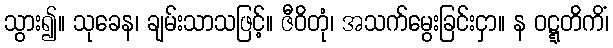
သွား၍။ သုခေန၊ ချမ်းသာသဖြင့်။ ဇီဝိတုံ၊ အသက်မွေးခြင်းငှာ။ န ဝဋ္ဋတိကိံ၊